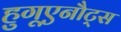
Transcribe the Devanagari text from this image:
हुगूएनौट्स